Lunatic asylums Central Provinces reports 1895-1909 - 1895-1909
Year: 1895
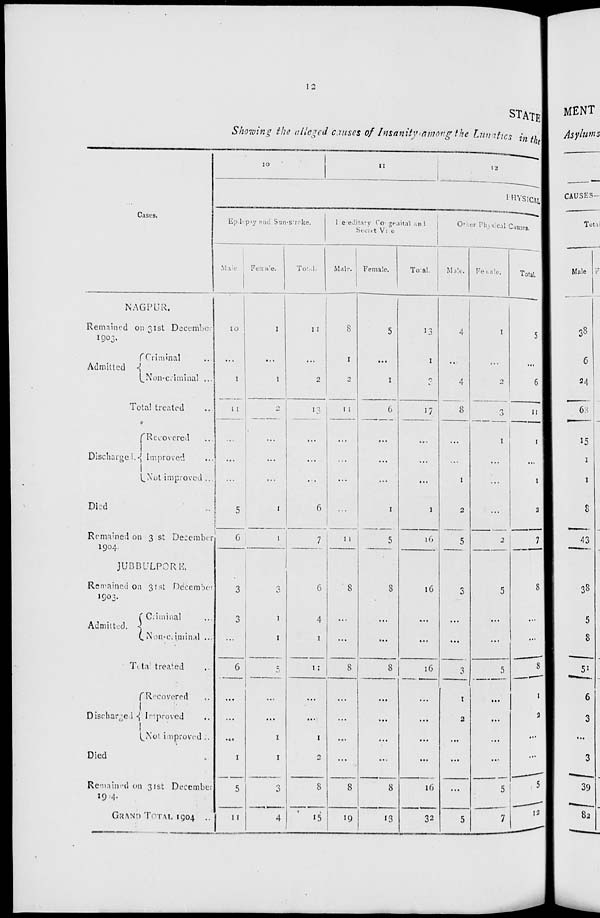
12
STATE
Showing the alleged causes of Insanity among the Lunatics in the
Cases.
NAGPUR.
Remained on 31st December
1903.
Admitted
Criminal ...
Non-criminal ...
Total treated ...
Discharged.
Recovered ...
Improved ...
Not improved ...
Died
Remained on 31st December
1904.
JUBBULPORE.
Remained on 31st December
1903.
Admitted.
Criminal ...
Non-criminal ...
Total treated ...
Discharged
Recovered ..
Improved ..
Not improved ..
Died
Remained on 31st December
1904.
GRAND TOTAL 1904
...
10
11
12
PHYSlCAL
Epilepsy and Sun-stroke.
Male.
10
...
1
11
...
...
...
5
6
3
3
...
6
...
...
...
1
5
11
Female.
1
...
1
2
...
...
...
1
1
3
1
1
5
...
...
1
1
3
4
Total.
11
...
2
13
...
...
...
6
7
6
4
1
11
...
...
1
2
8
15
Hereditary
Congenital and
Secret
Vize.
Male.
8
1
2
11
...
...
...
...
11
8
...
...
8
...
...
...
...
8
19
Female.
5
...
1
6
...
...
...
1
5
8
...
...
8
...
...
...
...
8
13
Total.
13
1
3
17
...
...
...
1
l6
16
...
...
16
...
...
...
...
16
32
Other Physical Causes.
Male.
4
...
4
8
...
...
1
2
5
3
...
...
3
1
2
...
...
...
5
Female.
1
...
2
3
1
...
...
...
2
5
...
...
5
...
...
...
...
5
7
Total.
5
...
6
11
1
...
1
2
7
8
...
...
8
1
2
...
...
5
12